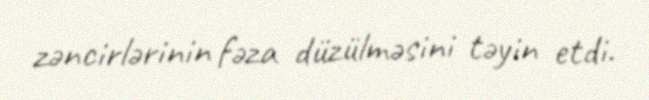
zəncirlərinin fəza düzülməsini təyin etdi.